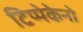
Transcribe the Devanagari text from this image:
टिप्पेकेनो